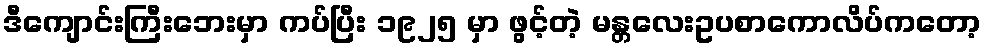
ဒီကျောင်းကြီးဘေးမှာ ကပ်ပြီး ၁၉၂၅ မှာ ဖွင့်တဲ့ မန္တလေးဥပစာကောလိပ်ကတော့